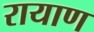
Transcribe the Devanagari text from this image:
रायाण